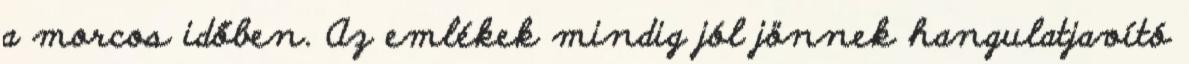
a morcos időben. Az emlékek mindig jól jönnek hangulatjavító